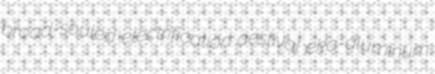
broad-souled electrification aestival eka-aluminum